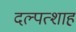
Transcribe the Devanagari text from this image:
दल्पत्शाह